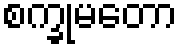
စက္ခုမတော